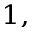
^ { 1 , }